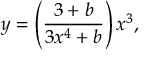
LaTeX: y = \left( \frac { 3 + b } { 3 x ^ { 4 } + b } \right) x ^ { 3 } ,